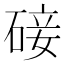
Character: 𮀨